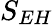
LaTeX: S_{EH}